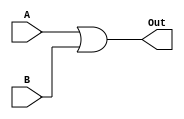
		//OR gate
module OR_gate(A, B, Out); 
  input [31:0] A;
  input [31:0] B;
  output [31:0] Out;
  assign Out = (A | B);
endmodule